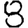
Digit: 8